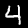
Label: 4